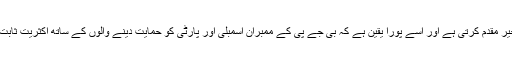
بی جے پی اس کا خیر مقدم کرتی ہے اور اسے پورا یقین ہے کہ بی جے پی کے ممبران اسمبلی اور پارٹی کو حمایت دینے والوں کے ساتھ اکثریت ثابت کر دی جائے گی ۔